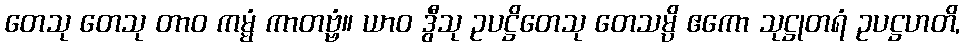
တေသု တေသု တာဝ ကမ္မံ ကာတဗ္ဗံ။ ယာဝ ဒွီသု ဥပဋ္ဌိတေသု တေသမ္ပိ ဧကော သုဋ္ဌုတရံ ဥပဋ္ဌဟတိ,